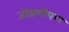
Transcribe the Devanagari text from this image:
जोडणीपण